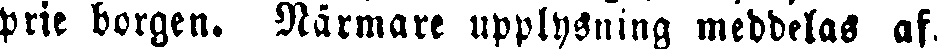
prie borgen. Närmare upplysning meddelas af.